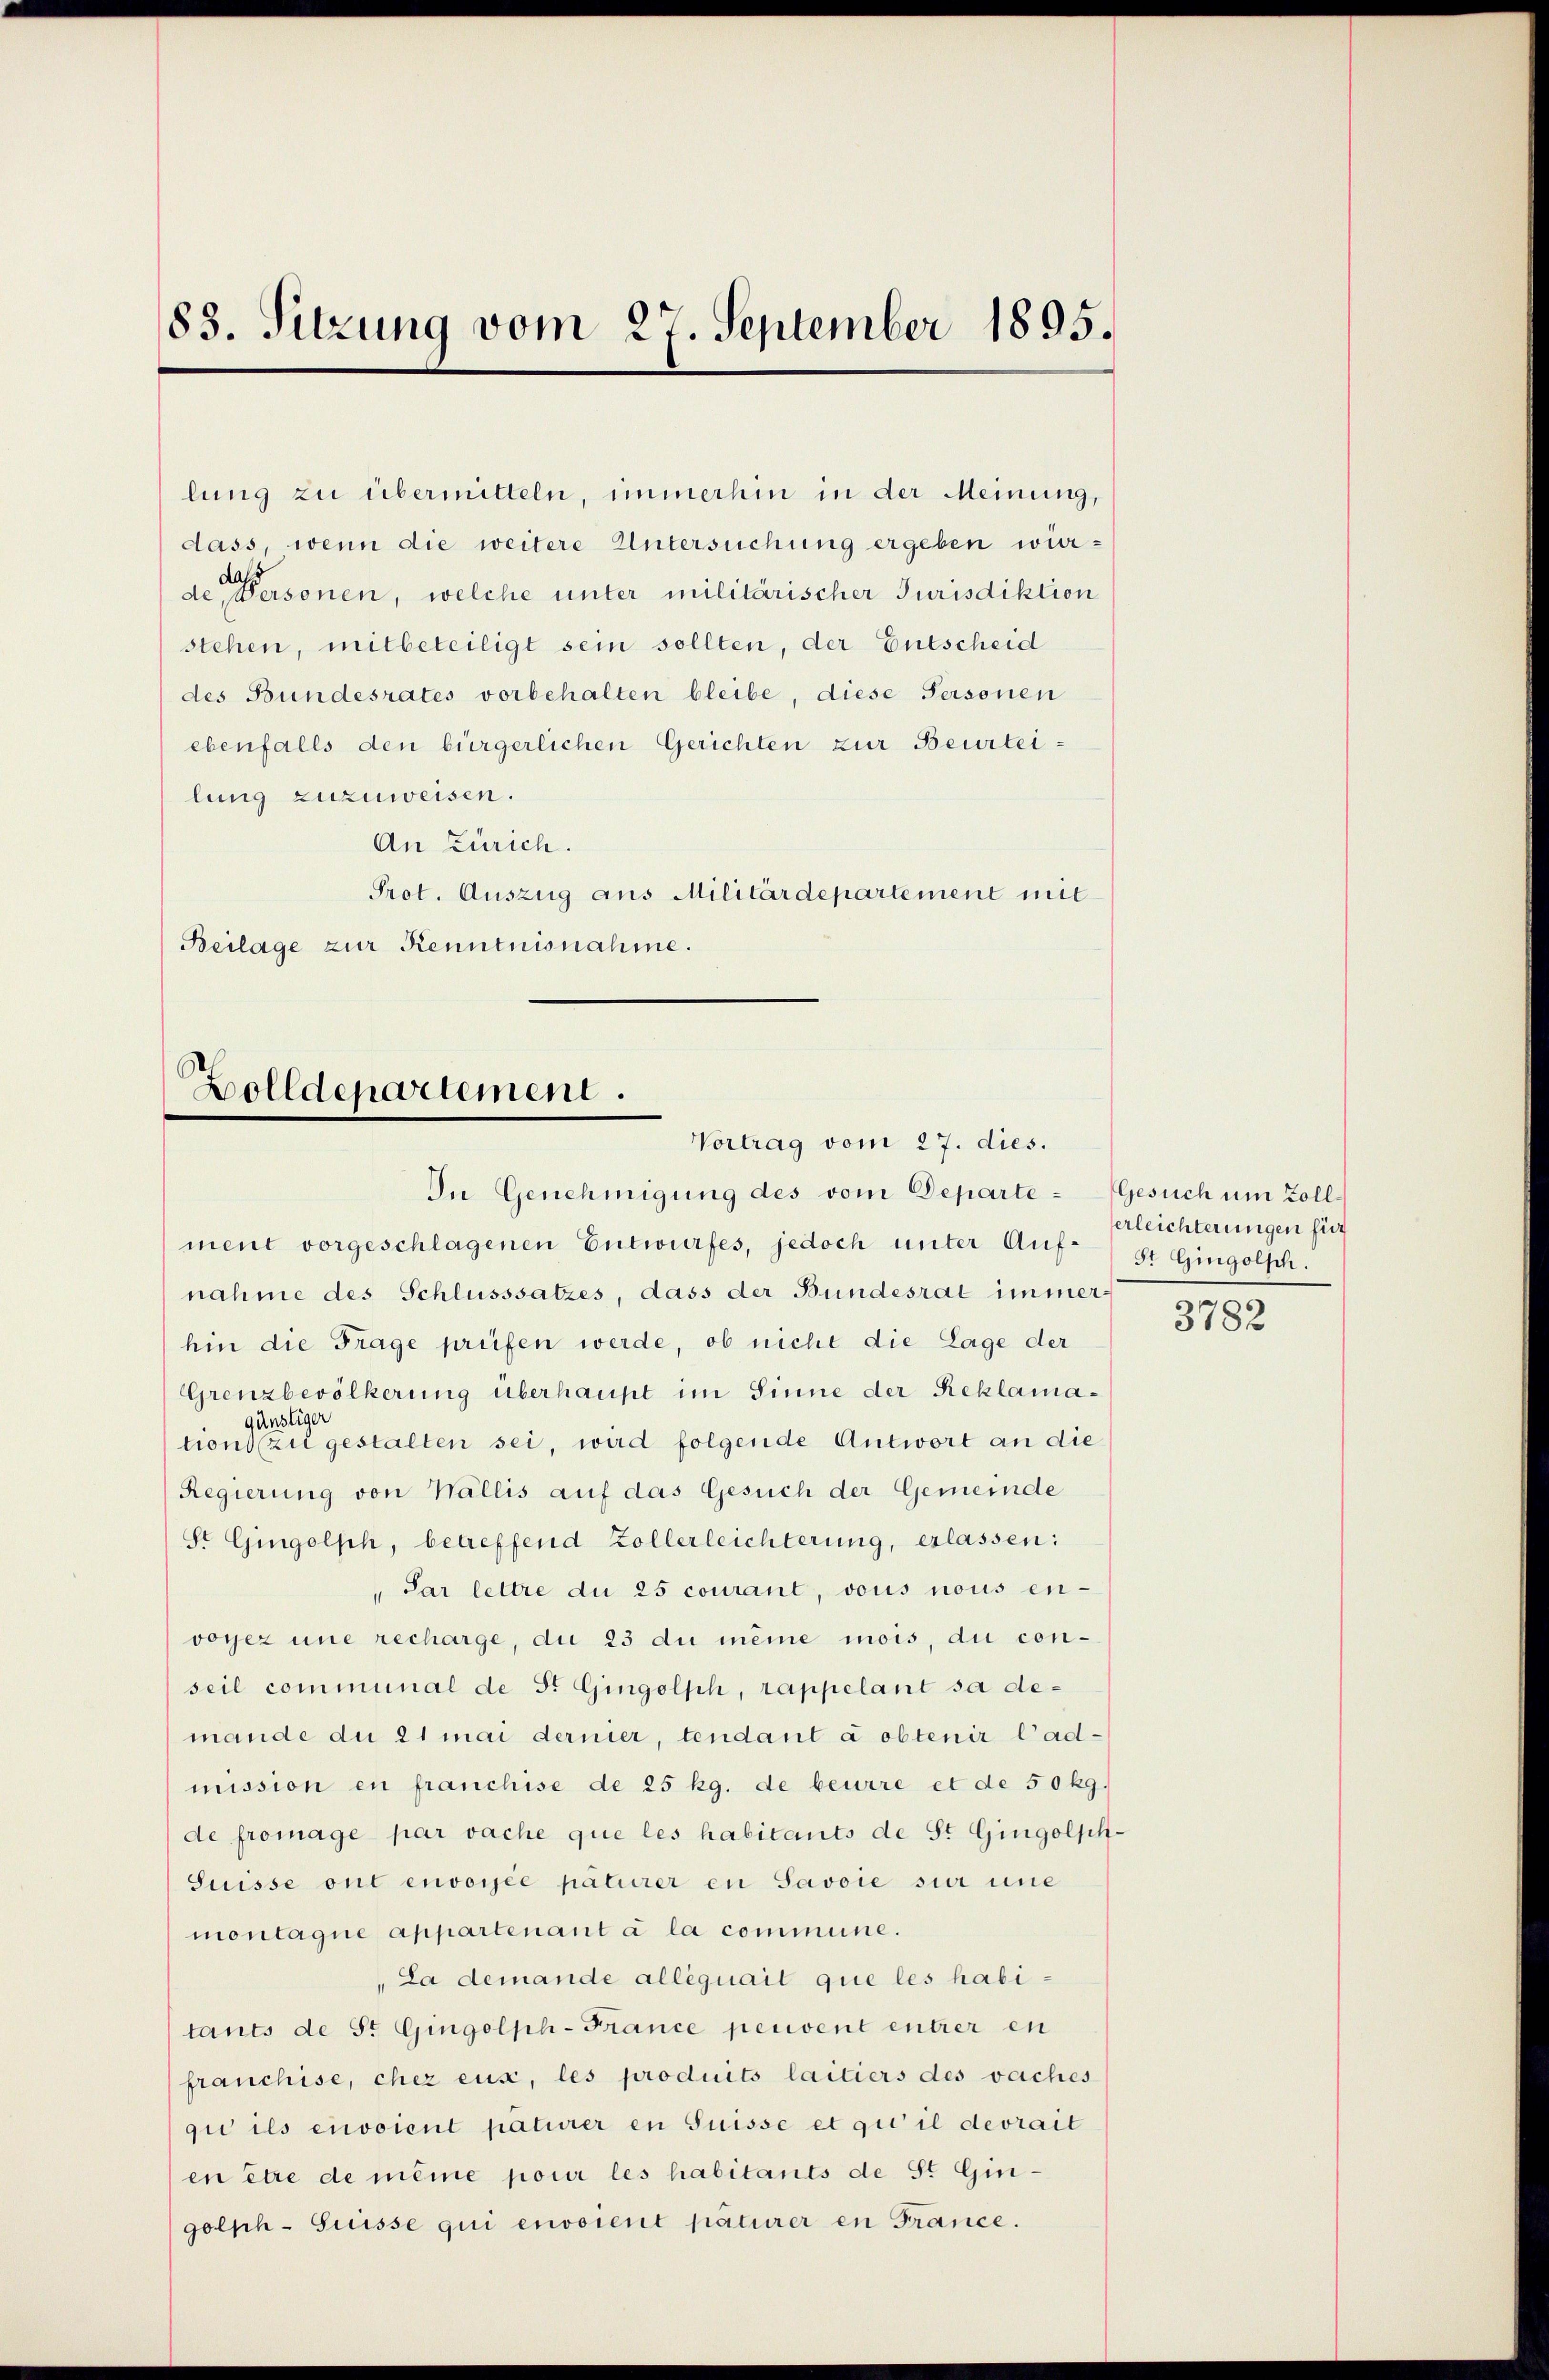
83. Sitzung vom 27. September 1895.

ebenfalls den bürgerlichen Gerichten zur Beurteilung zuzuweisen.
An Zürich.
Prot. Auszug aus Militärdepartement mit
Beilage zur Kenntnisnahme.

lung zu übermitteln, immerhin in der Meinung,
dass, wenn die weitere Untersuchung ergeben würde Personen, welche unter militärischer Jurisdiktion
stehen, mitbeteiligt sein sollten, der Entscheid
des Bundesrates vorbehalten bleibe, diese Personen

Bolldepartement.
Vortrag vom 27. dies.

ment vorgeschlagenen Entwurfes, jedoch unter Auf-
nahme des Schlusssatzes, dass der Bundesrat immer-
hin die Frage prüfen werde, ob nicht die Lage der
Grenzbevölkerung überhaupt im Sinne der Reklamagünstiger
tions zu gestalten sei, wird folgende Antwort an die
Regierung von Wallis auf das Gesuch der Gemeinde
St Gingolph, betreffend Zollerleichterung, erlassen:
" Par lettre du 25 courant, vous nous en-
voyez une recharge, du 23 du meine mois, du con-
seil communal de Fr. Gingolph, rappelant sa demande du 21 mai dernier, tendant a obtenir l’ad-
mission en franchise de 25 kg. de beurre et de 50 kg.
de fromage par vache que les habitants de St. Gingolsh¬
Suisse ont envoyée patierer en Savoie sur une
montagne appartenant à la commune.
"La demande alléguait que les habi-
tants de St. Gingolph-France peuvent entrer en
franchise, chez euse, les produits laitiers des vaches
gii ils ciroient paturer in Suisse et qui il devrait
en être de même pour les habitants de St. Gingolph-Suisse qui enorent paturer en France.

In Genehmigung des vom Departe¬

Gesuch um Zollerleichterungen für
5t Gingolsh.

3782